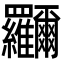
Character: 鿡